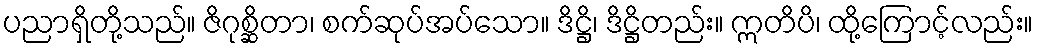
ပညာရှိတို့သည်။ ဇိဂုစ္ဆိတာ၊ စက်ဆုပ်အပ်သော။ ဒိဋ္ဌိ၊ ဒိဋ္ဌိတည်း။ ဣတိပိ၊ ထို့ကြောင့်လည်း။